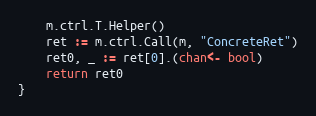
Language: Go
	m.ctrl.T.Helper()
	ret := m.ctrl.Call(m, "ConcreteRet")
	ret0, _ := ret[0].(chan<- bool)
	return ret0
}